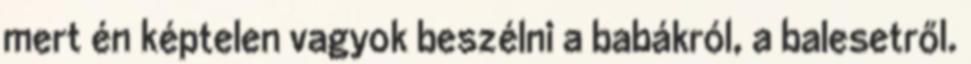
mert én képtelen vagyok beszélni a babákról, a balesetről.